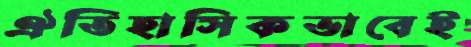
ঐতিহাসিকভাবেই